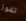
تفوز